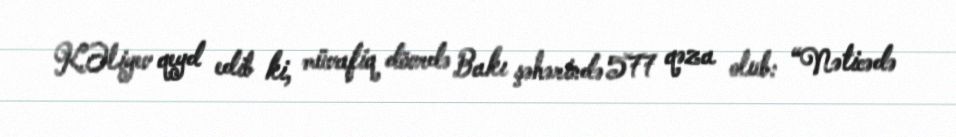
K.Əliyev qeyd edib ki, müvafiq dövrdə Bakı şəhərində 577 qəza olub: “Nəticədə